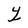
Character: Y